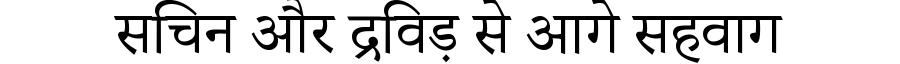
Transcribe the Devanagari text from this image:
सचिन और द्रविड़ से आगे सहवाग